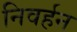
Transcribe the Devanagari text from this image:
निवर्हन